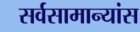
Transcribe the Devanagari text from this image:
सर्वसामान्यांस